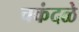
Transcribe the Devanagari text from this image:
चकंदळे